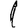
Digit: 1